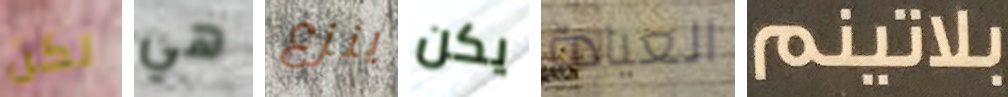
لكن هي ينزع يكن العيادة بلاتينم